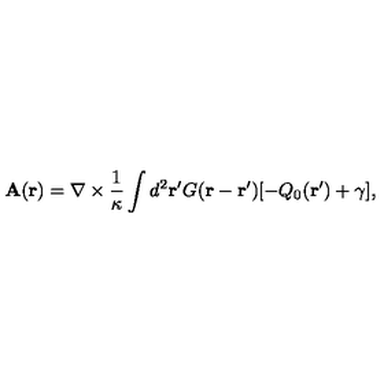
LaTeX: { \bf { A } } ( { \bf r } ) = { \bf \nabla } \times \frac { 1 } { \kappa } \int d ^ { 2 } { \bf { r ^ { \prime } } } G ( { { \bf r } - \bf { r ^ { \prime } } } ) [ - Q _ { 0 } ( { \bf { r ^ { \prime } } } ) + \gamma ] ,